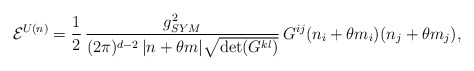
\begin{align*}{\cal E}^{U(n)} =\frac{1}{2}\,\frac{g^{2}_{SYM}}{(2\pi)^{d-2} \, |n + \theta m|\sqrt{\det(G^{kl})} }\,G^{ij} (n_i+\theta m_i)(n_j +\theta m_j),\end{align*}